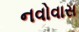
નવોવાસ